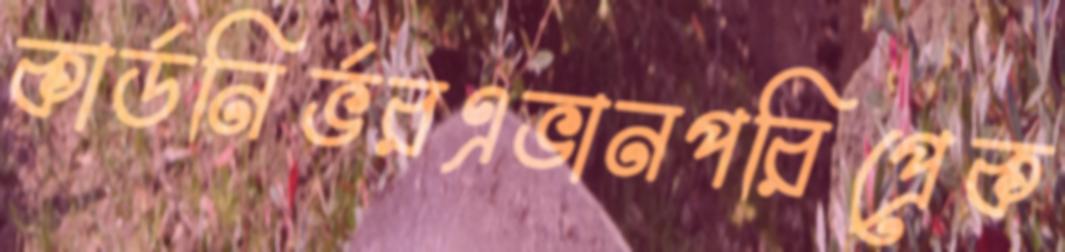
কার্ডনির্ভরএভানপরিপ্রেক